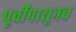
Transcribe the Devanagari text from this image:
पूर्वींपासूनच